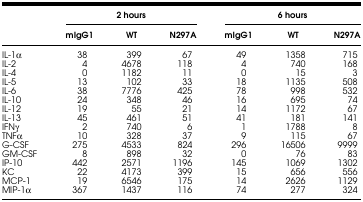
|  | <COLSPAN=3> 2 hours | <COLSPAN=3> 6 hours |
 |  | mIgG1 | WT | N297A | mIgG1 | WT | N297A |
 | --- | --- | --- | --- | --- | --- | --- |
 | IL-1α | 38 | 399 | 67 | 49 | 1358 | 715 |
 | IL-2 | 4 | 4678 | 118 | 4 | 740 | 168 |
 | IL-4 | 0 | 1182 | 11 | 0 | 15 | 3 |
 | IL-5 | 13 | 102 | 33 | 18 | 1135 | 508 |
 | IL-6 | 38 | 7776 | 425 | 78 | 998 | 532 |
 | IL-10 | 24 | 348 | 46 | 16 | 695 | 74 |
 | IL-12 | 19 | 55 | 21 | 14 | 1172 | 67 |
 | IL-13 | 45 | 461 | 51 | 41 | 181 | 141 |
 | IFNγ | 2 | 740 | 6 | 1 | 1788 | 8 |
 | TNFα | 10 | 328 | 37 | 9 | 115 | 67 |
 | G-CSF | 275 | 4533 | 824 | 296 | 16506 | 9999 |
 | GM-CSF | 8 | 898 | 32 | 0 | 76 | 83 |
 | IP-10 | 442 | 2571 | 1196 | 145 | 1069 | 1302 |
 | KC | 22 | 4173 | 399 | 15 | 656 | 556 |
 | MCP-1 | 19 | 6546 | 175 | 14 | 2626 | 1129 |
 | MIP-1α | 367 | 1437 | 116 | 74 | 277 | 324 |